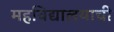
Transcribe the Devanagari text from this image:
महविद्यालयाची